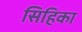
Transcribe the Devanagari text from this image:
सिहिका